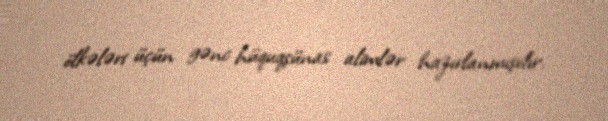
ölkələri üçün gənc hüquqşünas alimlər hazırlanmışdır.